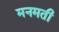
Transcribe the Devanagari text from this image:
मनमती